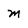
Character: m